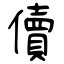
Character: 儥